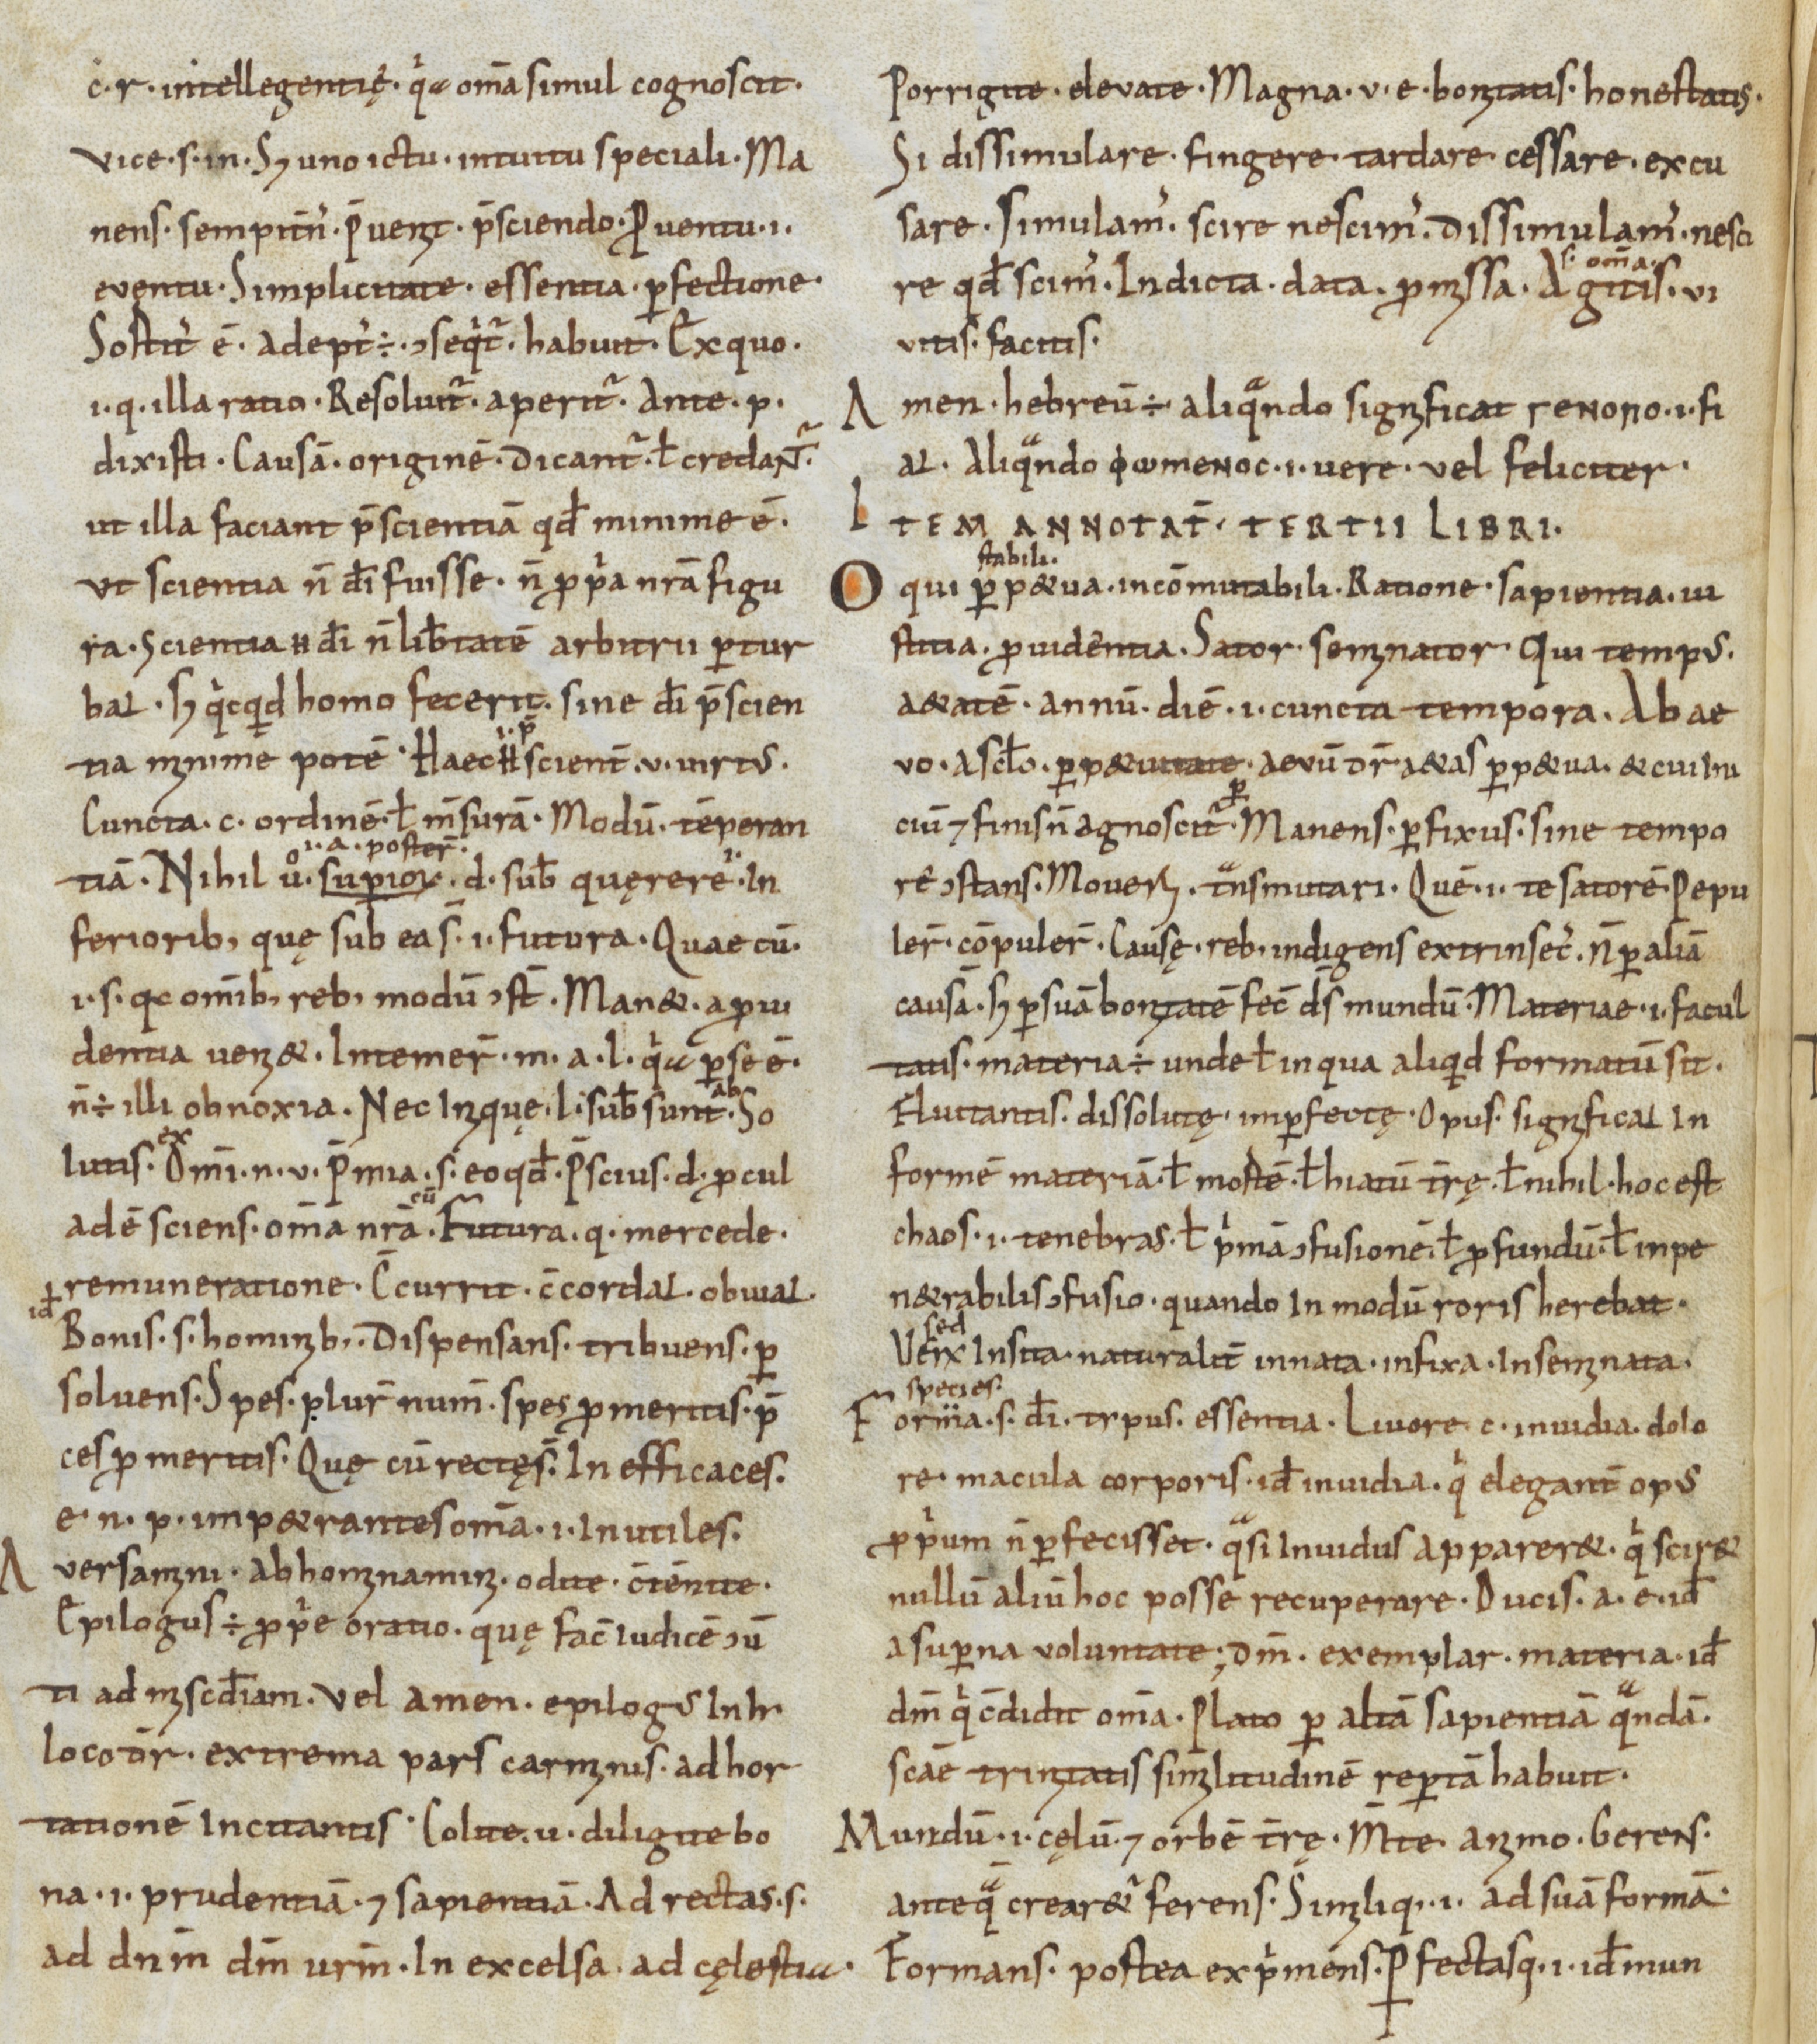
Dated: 950–999